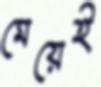
মেয়েই